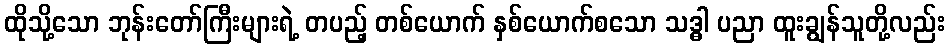
ထိုသို့သော ဘုန်းတော်ကြီးများရဲ့ တပည့် တစ်ယောက် နှစ်ယောက်စသော သဒ္ဓါ ပညာ ထူးချွန်သူတို့လည်း